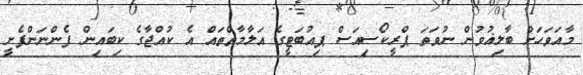
މާއަވަހަށް ބާލިޣުވުން ނުވަތަ ޕްރީކޯސިއަސް ޕިއުބަޓީގެ އަލާމާތްތައް އެ ކުއްޖާގެ ކިބައިން ފެންނަންފެށީ